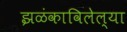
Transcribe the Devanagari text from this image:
झळंकाविलेल्या